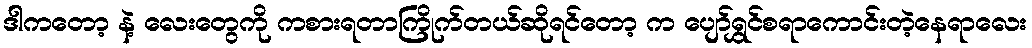
ဒါကတော့ နဲ့ လေးတွေကို ကစားရတာကြိုက်တယ်ဆိုရင်တော့ က ပျော်ရွှင်စရာကောင်းတဲ့နေရာလေး